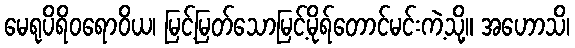
မေရုပိရိဝရောဝိယ၊ မြင့်မြတ်သောမြင့်မိုရ်တောင်မင်းကဲ့သို့။ အဟောသိ၊